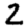
Digit: 2